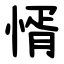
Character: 㥠